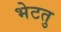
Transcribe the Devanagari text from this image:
भेटतु